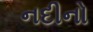
નદીનો